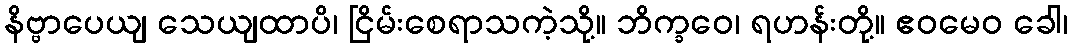
နိဗ္ဗာပေယျ သေယျထာပိ၊ ငြိမ်းစေရာသကဲ့သို့။ ဘိက္ခဝေ၊ ရဟန်းတို့။ ဧဝမေဝ ခေါ၊